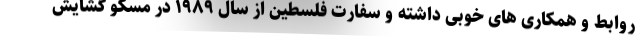
روابط و همکاری های خوبی داشته و سفارت فلسطین از سال ۱۹۸۹ در مسکو گشایش